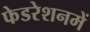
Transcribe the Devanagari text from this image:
फेडरेशनमें